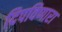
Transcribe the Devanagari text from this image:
दिपविणारा